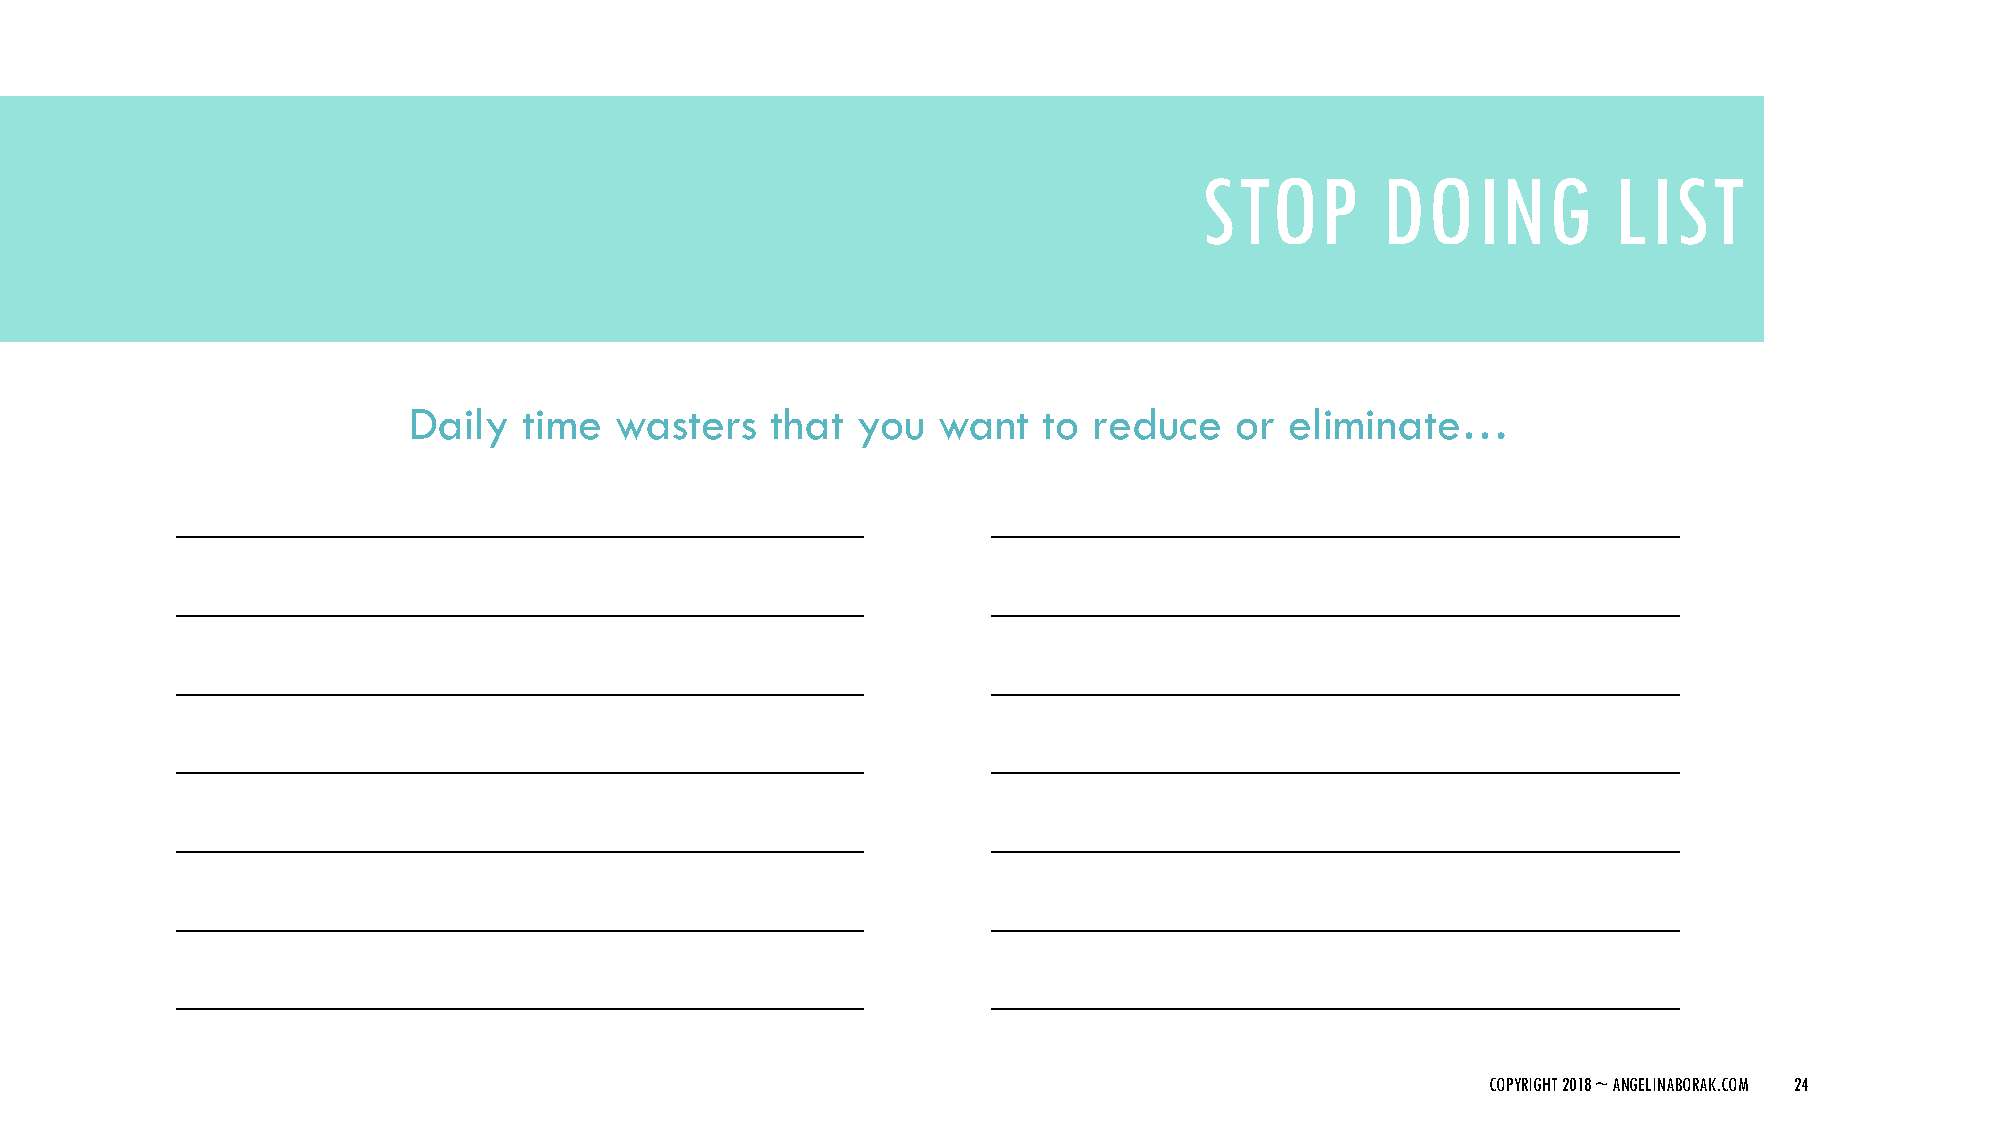
STOP       DOING           LIST
 Daily   time  wasters   that  you  want   to reduce    or eliminate…
 ______________________________                        ______________________________
 ______________________________                        ______________________________
 ______________________________                        ______________________________
 ______________________________                        ______________________________
 ______________________________                        ______________________________
 ______________________________                        ______________________________
 ______________________________                        ______________________________
 COPYRIGHT 2018 ~ ANGELINABORAK.COM 24